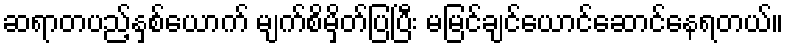
ဆရာတပည့်နှစ်ယောက် မျက်စိမှိတ်ပြပြီး မမြင်ချင်ယောင်ဆောင်နေရတယ်။